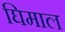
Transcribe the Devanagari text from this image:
घिमाल